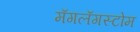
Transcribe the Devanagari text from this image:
मॅगलॅगस्टोम